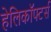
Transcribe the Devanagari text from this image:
हेलिकॉफ्टर्स